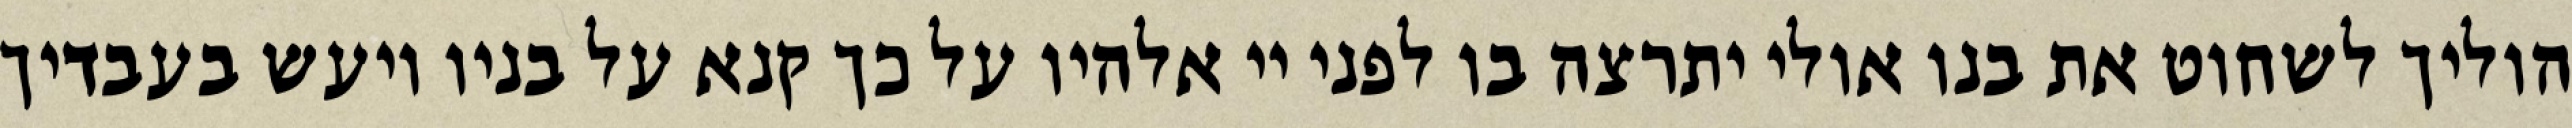
הוליך לשחוט את בנו אולי יתרצה בו לפני יי אלהיו על כך קנא על בניו ויעש בעבדיך